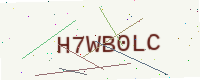
Text: H7WB0LC